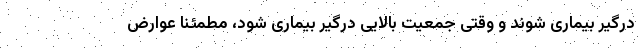
درگیر بیماری شوند و وقتی جمعیت بالایی درگیر بیماری شود، مطمئنا عوارض